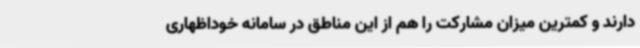
دارند و کمترین میزان مشارکت را هم از این مناطق در سامانه خوداظهاری